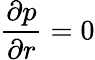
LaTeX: \frac{\partial p}{\partial r}=0